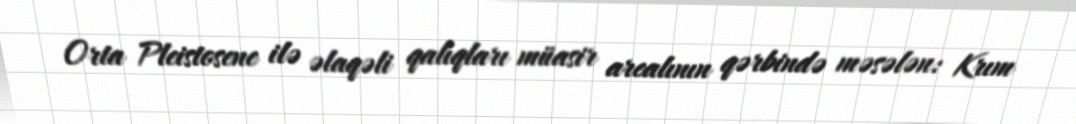
Orta Pleistosene ilə əlaqəli qalıqları müasir arealının qərbində məsələn: Krım